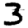
Digit: 3